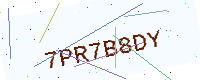
Text: 7PR7B8DY